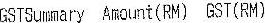
GSTSUMMARY AMOUNT(RM) GST(RM)